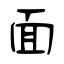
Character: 面